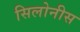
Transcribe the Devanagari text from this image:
सिलोनीस